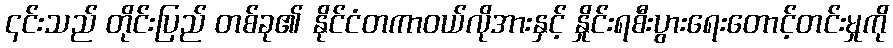
၎င်းသည် တိုင်းပြည် တစ်ခု၏ နိုင်ငံတကာဝယ်လိုအားနှင့် နှိုင်းရစီးပွားရေးတောင့်တင်းမှုကို